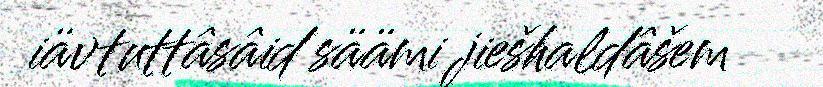
iävtuttâsâid säämi jiešhaldâšem